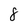
Character: 8